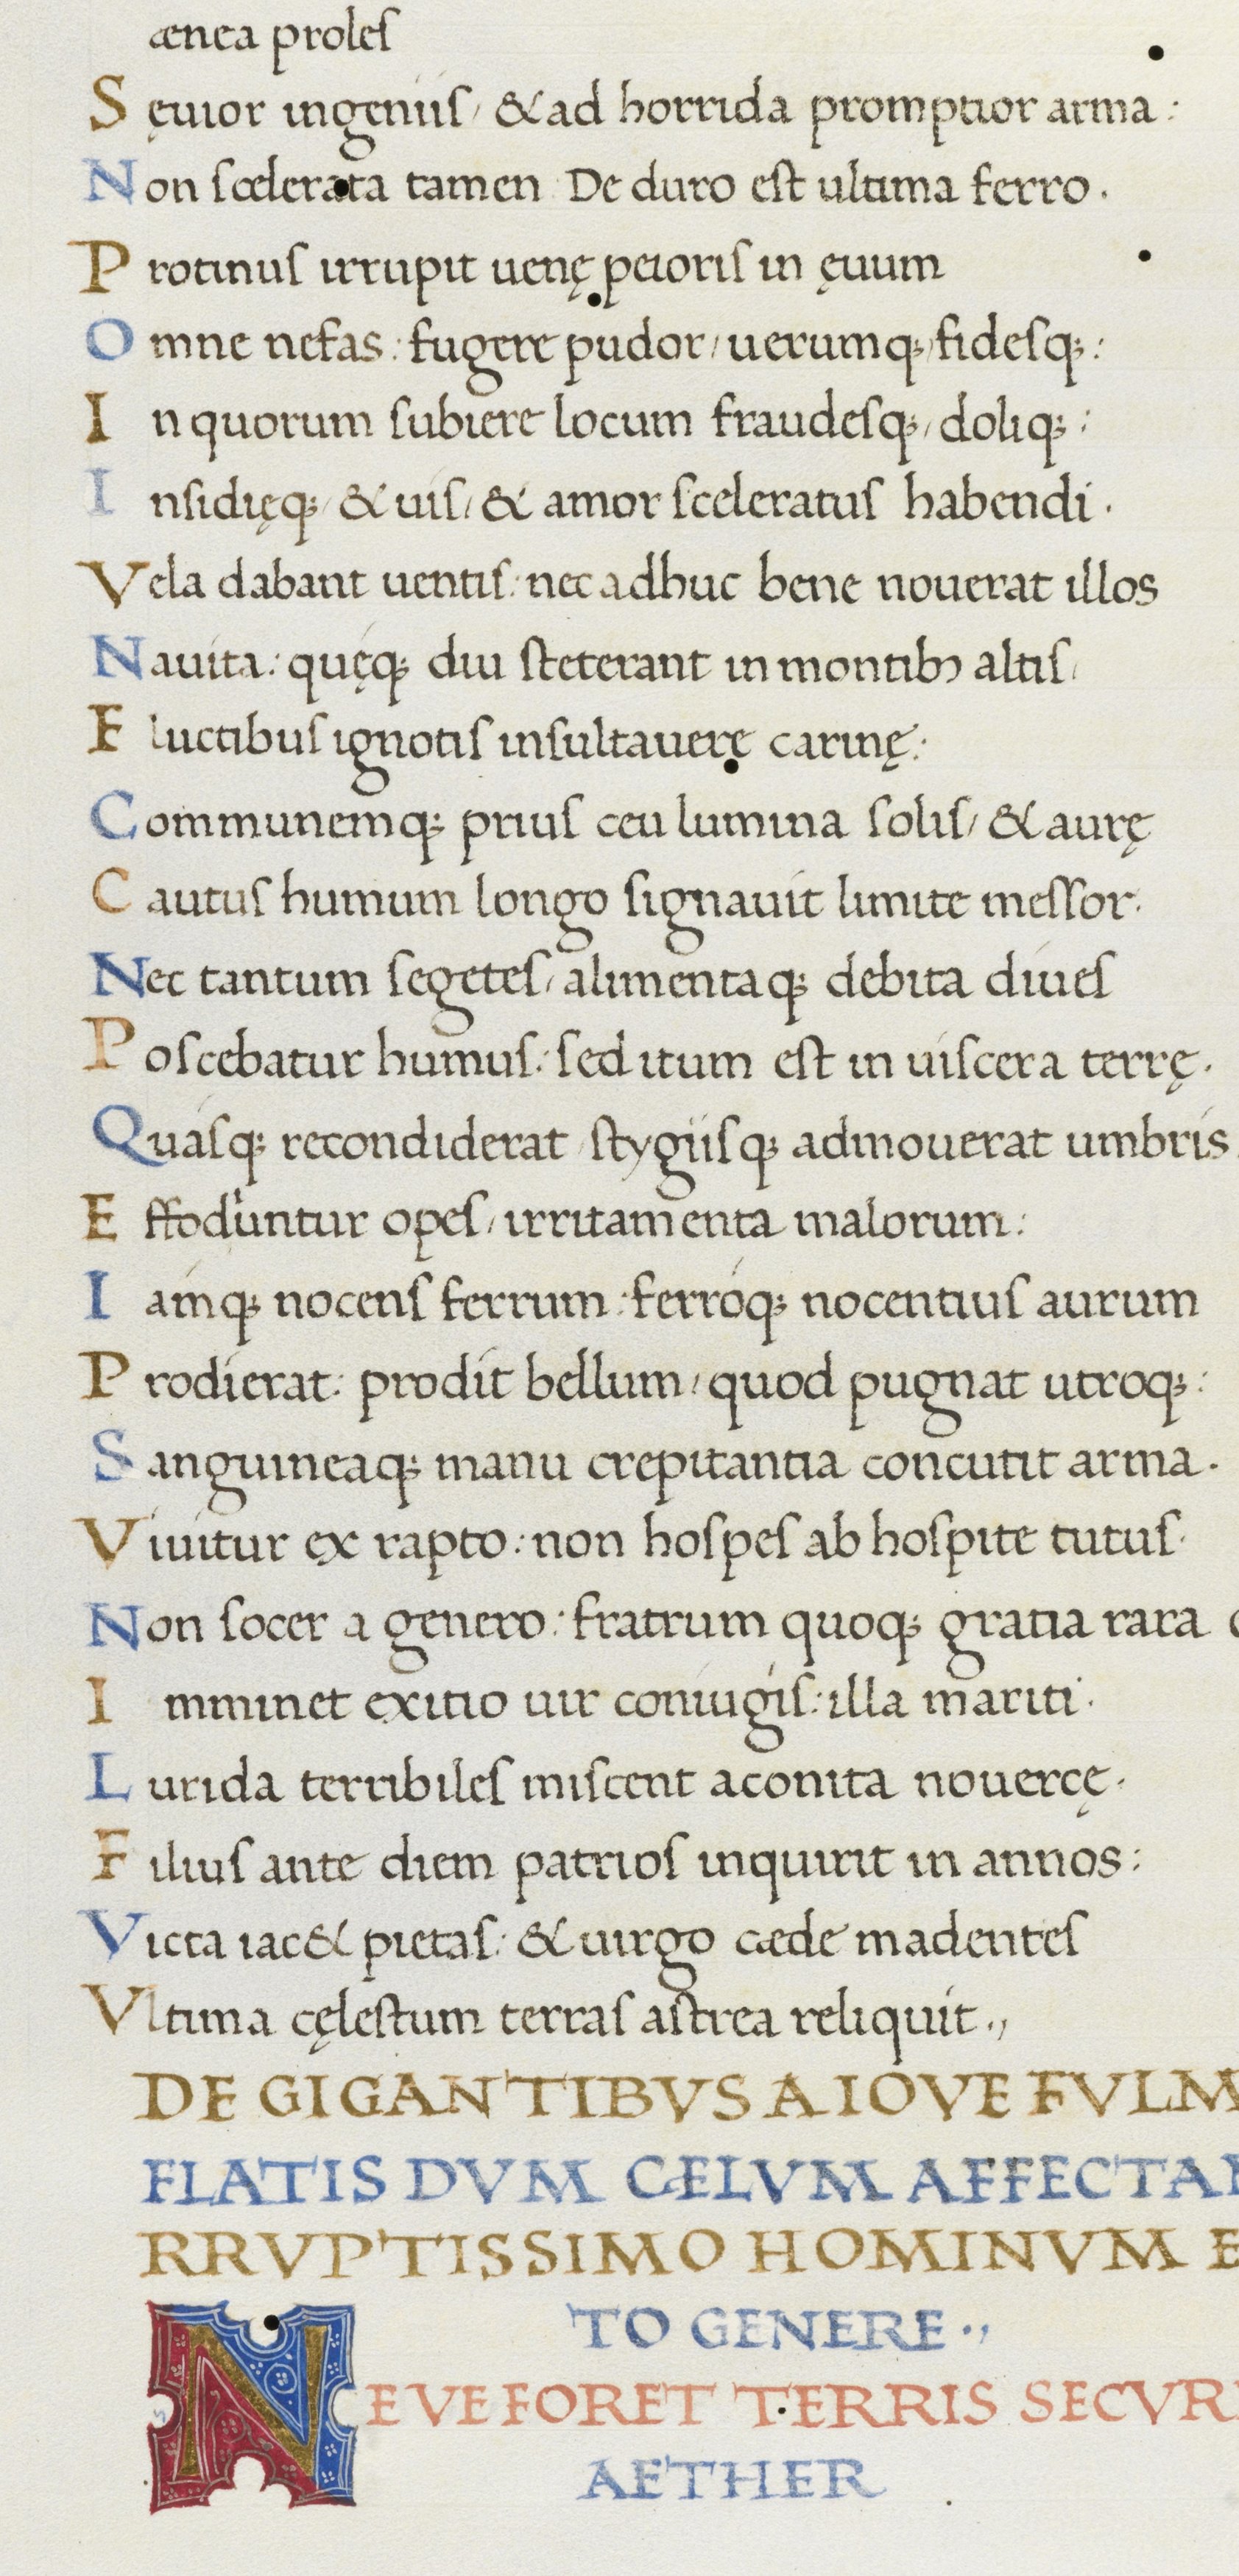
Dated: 1465–1495